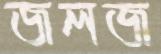
জলজ